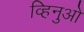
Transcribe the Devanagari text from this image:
व्हिनुओ